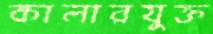
কালারযুক্ত